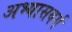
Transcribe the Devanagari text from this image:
अभ्यासवर्ग